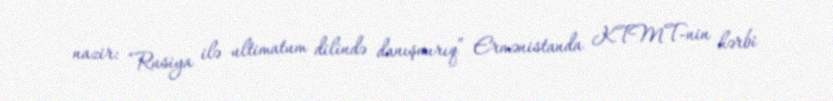
nazir: “Rusiya ilə ultimatum dilində danışmırıq” Ermənistanda KTMT-nin hərbi